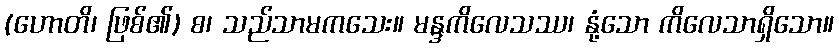
(ဟောတိ၊ ဖြစ်၏) စ၊ သည်သာမကသေး။ မန္ဒကိလေသဿ၊ နုံ့သော ကိလေသာရှိသော။